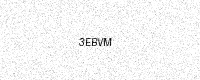
Text: 3EBVM